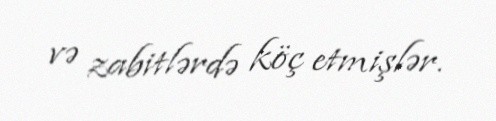
və zabitlərdə köç etmişlər.